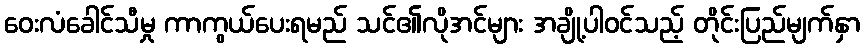
ဝေးလံခေါင်သီမှု ကာကွယ်ပေးရမည် သင်၏လိုအင်များ အချို့ပါဝင်သည့် တိုင်းပြည်မျက်နှာ